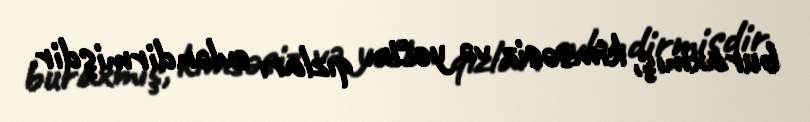
buraxmış, kimsəsiz və yetim qızları evləndirmişdir.